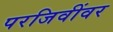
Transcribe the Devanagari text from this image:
परजिवींवर